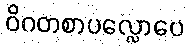
ဝိဂတစာပလ္လောပေ